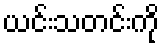
ယင်းသတင်းကို